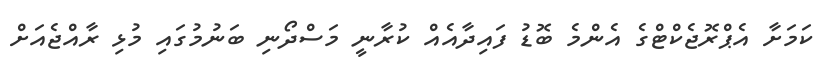
ކަމަށާ އެޕްރޮޖެކްޓްގެ އެންމެ ބޮޑު ފައިދާއެއް ކުރާނީ މަސްދޯނި ބަނުމުގައި މުޅި ރާއްޖެއަށް